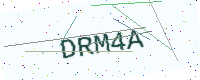
Text: DRM4A